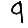
Digit: 9